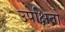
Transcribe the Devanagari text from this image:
उपेक्षितों